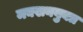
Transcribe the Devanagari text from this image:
मक्खनयुक्त